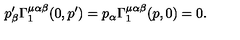
p _ { \beta } ^ { \prime } \Gamma _ { 1 } ^ { \mu \alpha \beta } ( 0 , p ^ { \prime } ) = p _ { \alpha } \Gamma _ { 1 } ^ { \mu \alpha \beta } ( p , 0 ) = 0 .